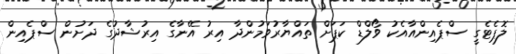
ލޮޕެޓެގީ ސްޕެއިންއާއެކު ވޯލްޑް ކަޕަށް ތައްޔާރުވަމުންދާ އިރު އޭނާގެ އިރުޝާދުގެ ދަށުން ސްޕެއިން